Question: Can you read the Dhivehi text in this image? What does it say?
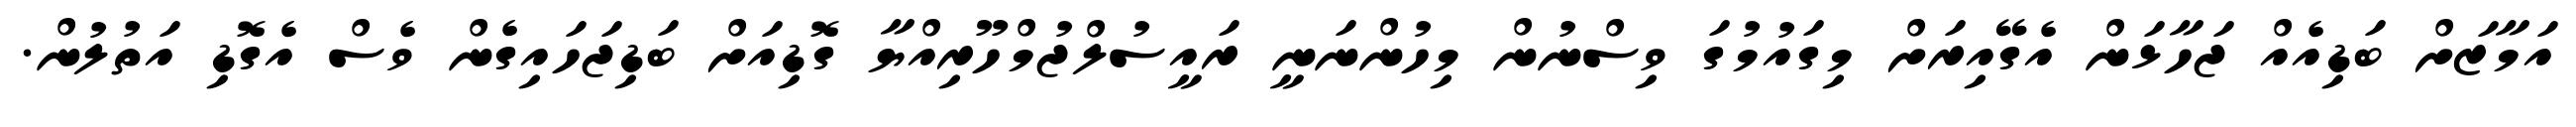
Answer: އަމާޒަށް ބަޑިއެއް ޖަހާޅަން އެގޭއިރަށް މިގައުމުގަ ވިސްނުން މިހުންނަނީ ރައީސުލްޖުމްހޫރިއްޔާ ގޮޑިއަށް ބަޑިޖަހައިގެން ވެސް އެގޮޑި އަތުލުން.